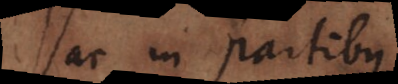
ac in partibus